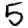
Digit: 5